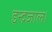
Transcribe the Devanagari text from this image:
इन्द्रजाल।